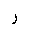
Letter: _ra